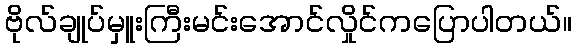
ဗိုလ်ချုပ်မှူးကြီးမင်းအောင်လှိုင်ကပြောပါတယ်။